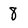
Character: 8